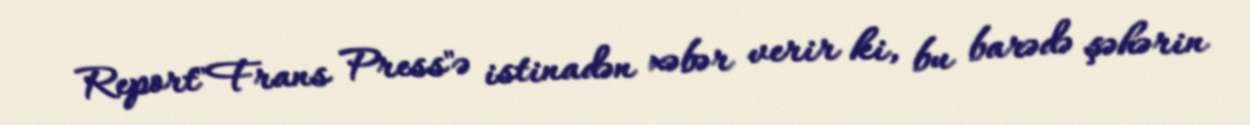
Report"Frans Press"ə istinadən xəbər verir ki, bu barədə şəhərin